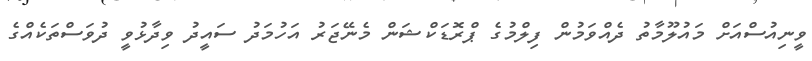
ވީނިއުސްއަށް މައުލޫމާތު ދެއްވަމުން ފިލްމުގެ ޕްރޮޑަކްޝަން މެނޭޖަރު އަހުމަދު ސައީދު ވިދާޅުވީ ދުވަސްތަކެއްގެ